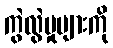
ကွဲလွဲမှုများကို